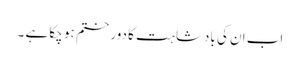
اب ان کی بادشاہت کا دور ختم ہو چکا ہے ۔